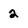
Character: 2